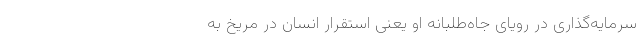
سرمایه‌گذاری در رویای جاه‌طلبانه او یعنی استقرار انسان در مریخ به